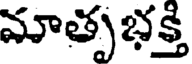
మాతృభక్తి